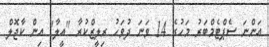
އަންނަ ސެޕްޓެމްބަރު މަހުގެ 14 ވަނަ ދުވަހު ރިލީޒްކުރާ "އީލާ" އިން ކާޖޮލް